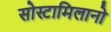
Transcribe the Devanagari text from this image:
सोस्टामिलानो